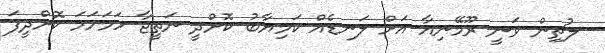
ލުޗިން ވަނީ ރޫމޭނިއާ އަށް ލަނޑެއް ކަމިޔާބު ކޮށްދީ ނަތީޖާ ހަމަހަމަ ކޮށްދީފަ